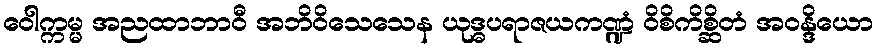
ဝေါက္ကမ္မ အညထာဘာဝီ အဘိဝိသေသေန ယုဒ္ဓပရာဇယကဏ္ဍံ ဝိစိကိစ္ဆိတံ အဝန္ဒိယော